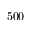
5 0 0